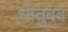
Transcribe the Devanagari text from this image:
धातुवद